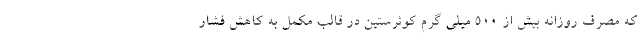
که مصرف روزانه بیش از 500 میلی گرم کوئرستین در قالب مکمل به کاهش فشار